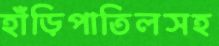
হাঁড়িপাতিলসহ